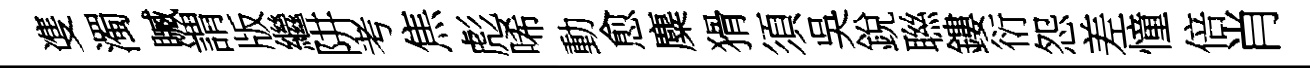
㕠濁贓謂版繼阱考焦彪唏動愈麋猾須吳銳聮鏤衍怨差憧倍肖